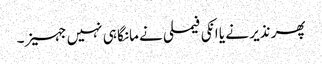
پھر نذیر نے یا انکی فیملی نے مانگا ہی نہیں جہیز۔